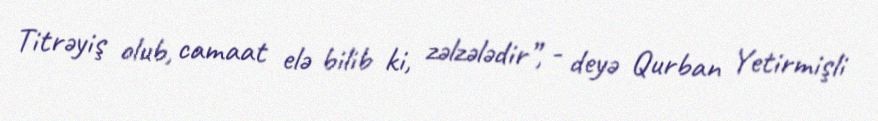
Titrəyiş olub, camaat elə bilib ki, zəlzələdir”, - deyə Qurban Yetirmişli